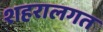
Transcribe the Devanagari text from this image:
शहरालगत